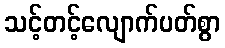
သင့်တင့်လျောက်ပတ်စွာ